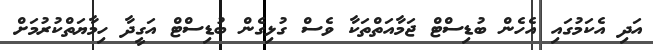
އަދި އެކަމުގައި އެހެން ބުޑިސްޓް ޖަމާއަތްތަކާ ވެސް ގުޅިގެން ބުޑިސްޓް އަގީދާ ހިމާޔަތްކުރުމަށް